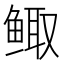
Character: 鲰